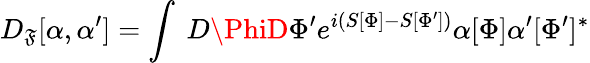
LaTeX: D_{\mathfrak{F}}[\alpha,\alpha^{\prime}]=\int~D\PhiD\Phi^{\prime}e^{i(S[\Phi]-S[\Phi^{\prime}])}\alpha[\Phi]\alpha^{\prime}[\Phi^{\prime}]^{*}